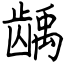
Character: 龋